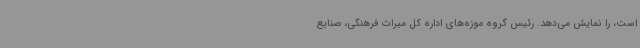
است، را نمایش می‌دهد. رئیس گروه موزه‌های اداره کل میراث فرهنگی، صنایع